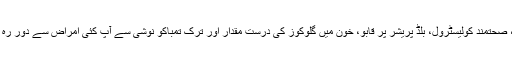
ماہرین کے مطابق باقاعدگی سے ورزش، مناسب غذا، درست وزن برقرار رکھنا، صحتمند کولیسٹرول، بلڈ پریشر پر قابو، خون میں گلوکوز کی درست مقدار اور ترکِ تمباکو نوشی سے آپ کئی امراض سے دور رہ سکتے ہیں جن میں جان لیوا فالج، ہارٹ اٹیک، ذیابیطس اور دیگر سرِ فہرست ہیں۔